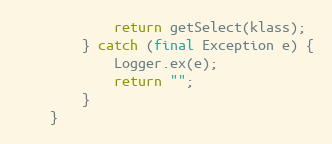
Language: Java
			return getSelect(klass);
		} catch (final Exception e) {
			Logger.ex(e);
			return "";
		}
	}